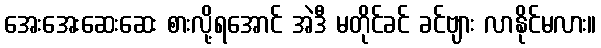
အေးအေးဆေးဆေး စားလို့ရအောင် အဲဒီ မတိုင်ခင် ခင်ဗျား လာနိုင်မလား။